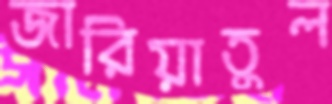
জারিয়াতুল